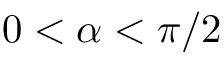
0 < \alpha < \pi / 2